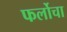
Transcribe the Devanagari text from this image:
फर्लोचा